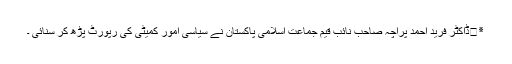
٭	ڈاکٹر فرید احمد پراچہ صاحب نائب قیم جماعت اسلامی پاکستان نے سیاسی اُمور کمیٹی کی رپورٹ پڑھ کر سنائی ۔